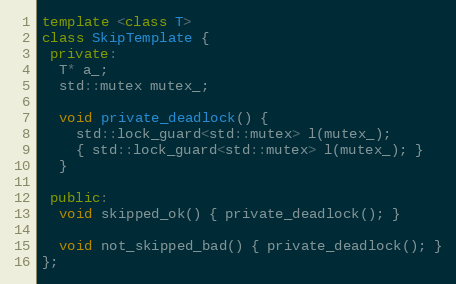
Language: C++
template <class T>
class SkipTemplate {
 private:
  T* a_;
  std::mutex mutex_;

  void private_deadlock() {
    std::lock_guard<std::mutex> l(mutex_);
    { std::lock_guard<std::mutex> l(mutex_); }
  }

 public:
  void skipped_ok() { private_deadlock(); }

  void not_skipped_bad() { private_deadlock(); }
};